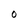
Character: M